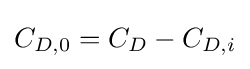
C_{D,0}=C_{D}-C_{D,i}